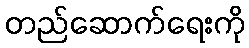
တည်ဆောက်ရေးကို